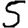
Digit: 5